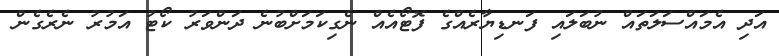
އަދި އެމައްސަލަތައް ނުބަލައި ފަނޑިޔާރެއްގެ ފޮޓޯއެއް ނެގިކަމަށްބުނެ ދަންވަރު ކޯޓު އަމުރު ނެރެގެން